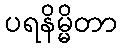
ပရနိမ္မိတာ